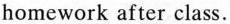
homework after class.